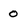
Character: 0